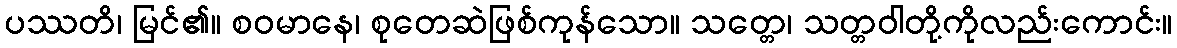
ပဿတိ၊ မြင်၏။ စဝမာနေ၊ စုတေဆဲဖြစ်ကုန်သော။ သတ္တေ၊ သတ္တဝါတို့ကိုလည်းကောင်း။